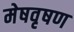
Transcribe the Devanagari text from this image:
मेषवृषण